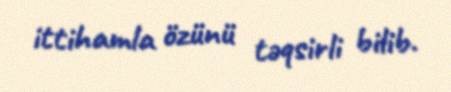
ittihamla özünü təqsirli bilib.